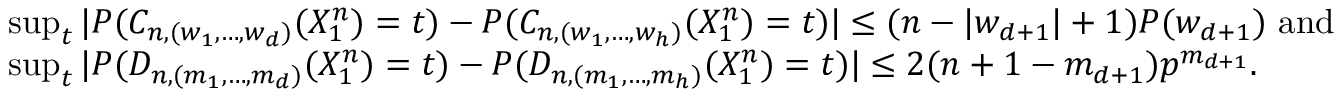
\begin{array} { r l } & { \operatorname* { s u p } _ { t } | P ( C _ { n , ( w _ { 1 } , \ldots , w _ { d } ) } ( X _ { 1 } ^ { n } ) = t ) - P ( C _ { n , ( w _ { 1 } , \ldots , w _ { h } ) } ( X _ { 1 } ^ { n } ) = t ) | \leq ( n - | w _ { d + 1 } | + 1 ) P ( w _ { d + 1 } ) \mathrm { ~ a n d ~ } } \\ & { \operatorname* { s u p } _ { t } | P ( D _ { n , ( m _ { 1 } , \ldots , m _ { d } ) } ( X _ { 1 } ^ { n } ) = t ) - P ( D _ { n , ( m _ { 1 } , \ldots , m _ { h } ) } ( X _ { 1 } ^ { n } ) = t ) | \leq 2 ( n + 1 - m _ { d + 1 } ) p ^ { m _ { d + 1 } } . } \end{array}